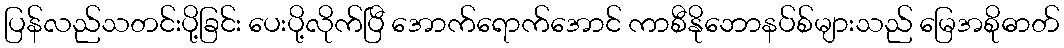
ပြန်လည်သတင်းပို့ခြင်း ပေးပို့လိုက်ပြီ အောက်ရောက်အောင် ကာစီနိုဘောနပ်စ်များသည် မြေအစိုဓာတ်